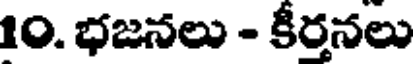
10. భజనలు - కీర్తనలు